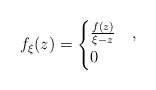
\begin{align*}f_\xi(z) = \begin{cases}\frac{f(z)}{\xi - z} & ,\\0 & \end{cases}\end{align*}